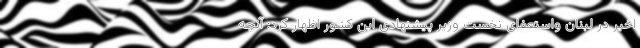
اخیر در لبنان واستعفای نخست وزیر پیشنهادی این کشور اظهار کرد: آنچه